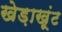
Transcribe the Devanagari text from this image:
खेड़ाखूंट